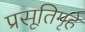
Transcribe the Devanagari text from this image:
प्रसूतिगृहे